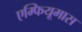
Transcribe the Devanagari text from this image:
एम्फियूमास